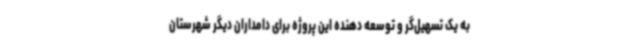
به یک تسهیل‌گر و توسعه دهنده این پروژه برای دامداران دیگر شهرستان